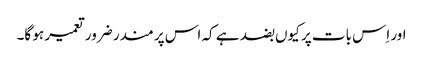
اور اِس بات پر کیوں بضد ہے کہ اس پر مندر ضرور تعمیر ہو گا۔